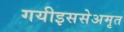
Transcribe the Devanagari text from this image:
गयीइससेअमृत